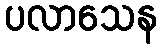
ပလာသေန